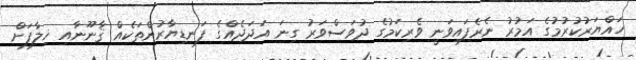
ހައްޔަރުކުރުމުގެ އަމުރު ނެރެފައިވަނީ ވެރިކަމުގެ ދުވަސްވަރު ގިނަ އަދަދެއްގެ ފަނޑިޔާރުންތަކެއް ޤާނޫނާއި ޚިލާފަށް